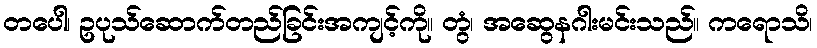
တပေါ၊ ဥပုသ်ဆောက်တည်ခြင်းအကျင့်ကို။ တွံ၊ အဆွေနဂါးမင်းသည်။ ကရောသိ၊